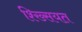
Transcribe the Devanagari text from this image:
श्ख्सियत